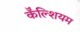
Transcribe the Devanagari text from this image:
कॅॅल्शियम